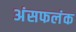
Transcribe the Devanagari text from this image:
अंसफलंक